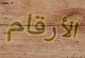
الأرقام